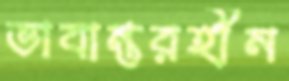
ভাবান্তরহীন